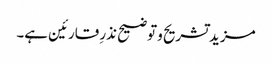
مزید تشریح و توضیح نذرِ قارئین ہے۔